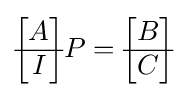
{\begin{bmatrix}A\\\hline I\end{bmatrix}}P={\begin{bmatrix}B\\\hline C\end{bmatrix}}